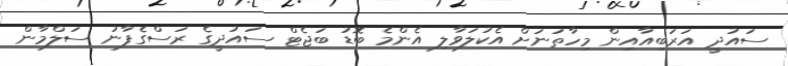
ސައުދީ އަރަބިއާއިން މިހާތަނަށް އެކުލަވާލި އެންމެ ބޮޑު ބަޖެޓް ސައުދީގެ ރަސްގެފާނު ސަލްމާން